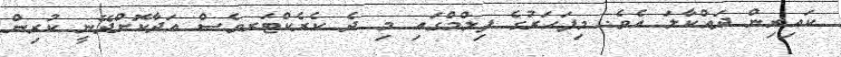
ކައިރިން ދައްކާލަ އެވެ. މިފަހަރުގެ ފިލްމްގައި މި ދެ ކެރެކްޓަރވެސް އަދާކޮށްދޭނީ ކުރިން